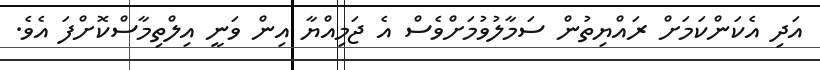
އަދި އެކަންކަމަށް ރައްޔިތުން ސަމާލުވުމަށްވެސް އެ ޖަމިއްޔާ އިން ވަނީ އިލްތިމާސްކޮށްފަ އެވެ.